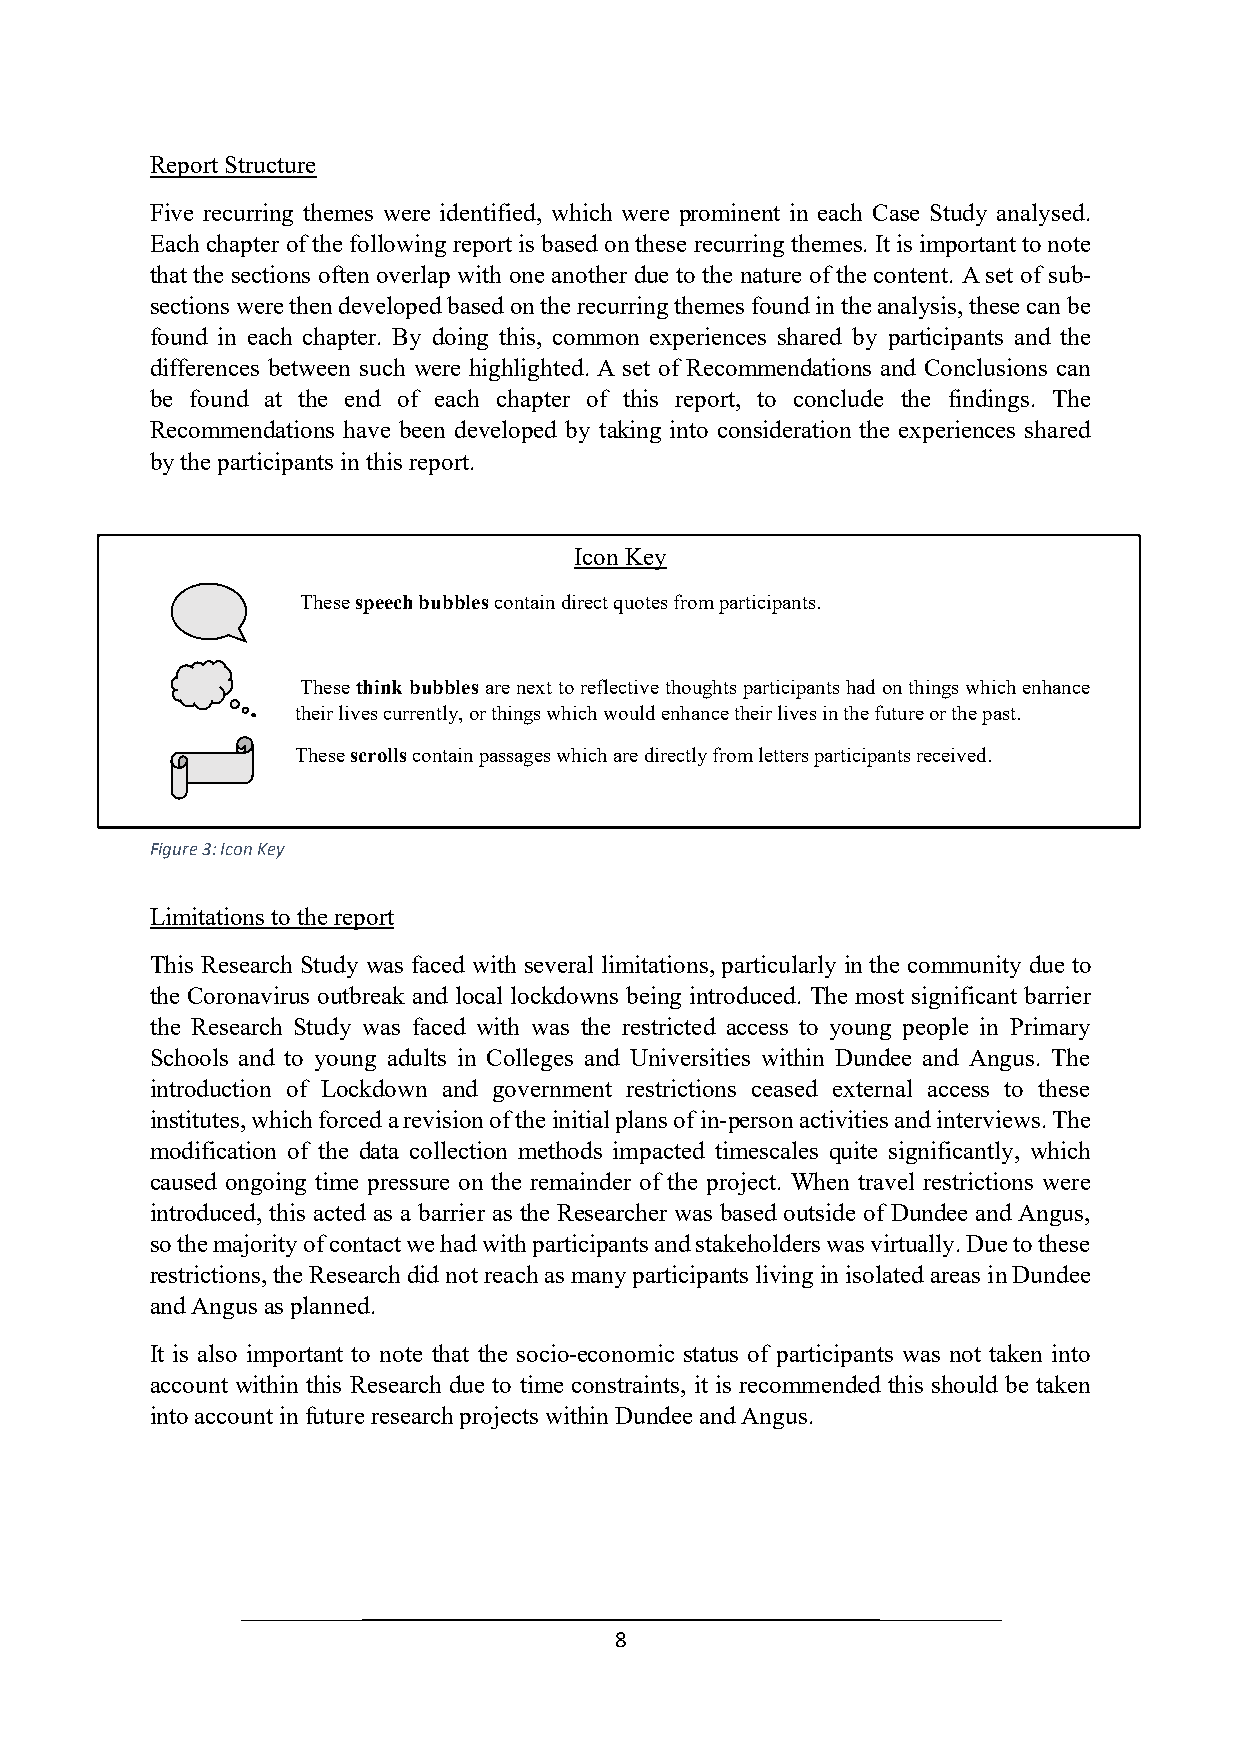
Report Structure
 Five recurring themes were identified, which were prominent in each Case Study analysed.
 Each chapter of the following report is based on these recurring themes. It is important to note
 that the sections often overlap with one another due to the nature of the content. A set of sub-
 sections were then developed based on the recurring themes found in the analysis, these can be
 found in each chapter. By doing this, common experiences shared by participants and the
 differences between such were highlighted. A set of Recommendations and Conclusions can
 be found at the end of each chapter of this report, to conclude the findings. The
 Recommendations have been developed by taking into consideration the experiences shared
 by the participants in this report.
 Icon Key
 These speech bubbles contain direct quotes from participants.
 These think bubbles are next to reflective thoughts participants had on things which enhance
 their lives currently, or things which would enhance their lives in the future or the past.
 These scrolls contain passages which are directly from letters participants received.
 Figure 3: Icon Key
 Limitations to the report
 This Research Study was faced with several limitations, particularly in the community due to
 the Coronavirus outbreak and local lockdowns being introduced. The most significant barrier
 the Research Study was faced with was the restricted access to young people in Primary
 Schools and to young adults in Colleges and Universities within Dundee and Angus. The
 introduction of Lockdown and government restrictions ceased external access to these
 institutes, which forced a revision of the initial plans of in-person activities and interviews. The
 modification of the data collection methods impacted timescales quite significantly, which
 caused ongoing time pressure on the remainder of the project. When travel restrictions were
 introduced, this acted as a barrier as the Researcher was based outside of Dundee and Angus,
 so the majority of contact we had with participants and stakeholders was virtually. Due to these
 restrictions, the Research did not reach as many participants living in isolated areas in Dundee
 and Angus as planned.
 It is also important to note that the socio-economic status of participants was not taken into
 account within this Research due to time constraints, it is recommended this should be taken
 into account in future research projects within Dundee and Angus.
 8